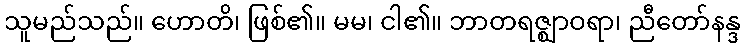
သူမည်သည်။ ဟောတိ၊ ဖြစ်၏။ မမ၊ ငါ၏။ ဘာတရဇ္ဈာဝရာ၊ ညီတော်နန္ဒ